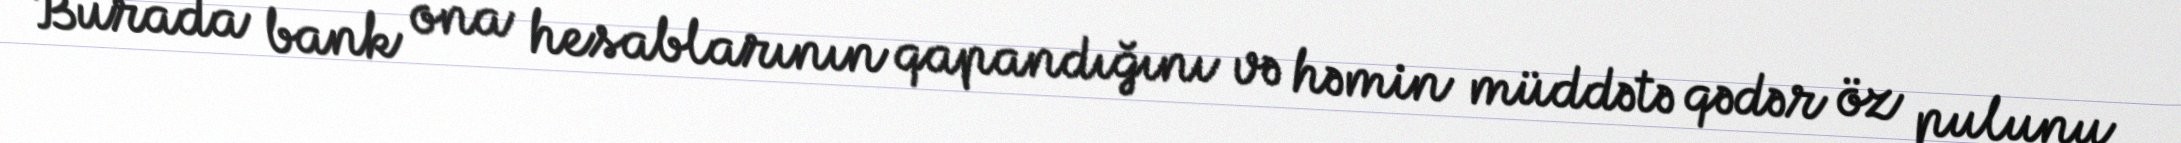
Burada bank ona hesablarının qapandığını və həmin müddətə qədər öz pulunu